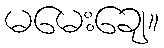
မမေးချေ။